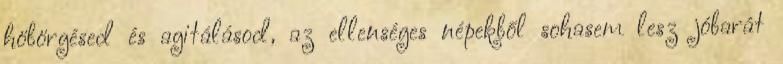
höbörgésed és agitálásod, az ellenséges népekből sohasem lesz jóbarát